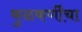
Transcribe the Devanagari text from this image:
कुळकर्णींचा